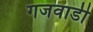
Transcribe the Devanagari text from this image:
गजवाडी